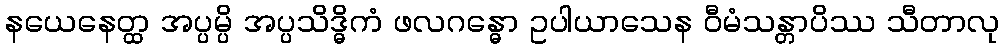
နယေနေတ္ထ အပ္ပမ္ပိ အပ္ပသိဒ္ဓိကံ ဖလဂန္ဓော ဥပါယာသေန ဝီမံသန္တာပိဿ သီတာလု